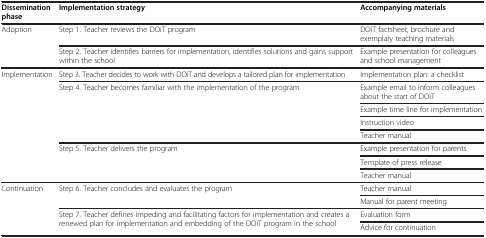
| Dissemination phase | Implementation strategy | Accompanying materials |
 | --- | --- | --- |
 | <ROWSPAN=2> Adoption | Step 1. Teacher reviews the DOiT program | DOiT factsheet, brochure and exemplary teaching materials |
 | Step 2. Teacher identifies barriers for implementation, identifies solutions and gains support within the school | Example presentation for colleagues and school management |
 | <ROWSPAN=8> Implementation | Step 3. Teacher decides to work with DOiT and develops a tailored plan for implementation | Implementation plan: a checklist |
 | <ROWSPAN=4> Step 4. Teacher becomes familiar with the implementation of the program | Example email to inform colleagues about the start of DOiT |
 | Example time line for implementation |
 | Instruction video |
 | Teacher manual |
 | <ROWSPAN=3> Step 5. Teacher delivers the program | Example presentation for parents |
 | Template of press release |
 | Teacher manual |
 | <ROWSPAN=4> Continuation | <ROWSPAN=2> Step 6. Teacher concludes and evaluates the program | Teacher manual |
 | Manual for parent meeting |
 | <ROWSPAN=2> Step 7. Teacher defines impeding and facilitating factors for implementation and creates a renewed plan for implementation and embedding of the DOiT program in the school | Evaluation form |
 | Advice for continuation |